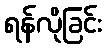
ရန်လိုခြင်း